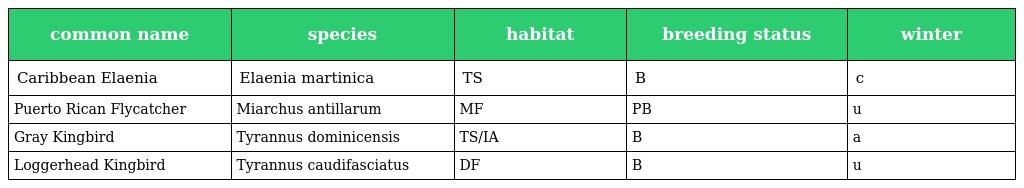
| common name | species | habitat | breeding status | winter |
 | --- | --- | --- | --- | --- |
 | Caribbean Elaenia | Elaenia martinica | TS | B | c |
 | Puerto Rican Flycatcher | Miarchus antillarum | MF | PB | u |
 | Gray Kingbird | Tyrannus dominicensis | TS/IA | B | a |
 | Loggerhead Kingbird | Tyrannus caudifasciatus | DF | B | u |